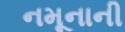
નમૂનાની